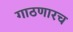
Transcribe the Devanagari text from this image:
गाठणारच